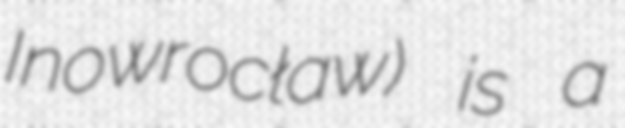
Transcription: Inowrocław) is a